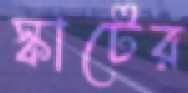
স্কাটের